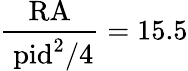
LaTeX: \mathrm{\frac{RA}{\ pid^{2}/4}}=15.5